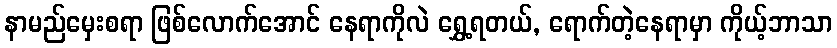
နာမည်မှေးစရာ ဖြစ်လောက်အောင် နေရာကိုလဲ ရွှေ့ရတယ်, ရောက်တဲ့နေရာမှာ ကိုယ့်ဘာသာ